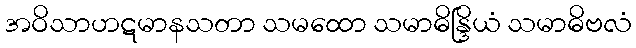
အဝိသာဟဋမာနသတာ သမထော သမာဓိန္ဒြိယံ သမာဓိဗလံ